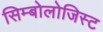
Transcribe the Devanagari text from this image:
सिम्बोलोजिस्ट